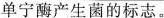
单宁酶产生菌的标志。